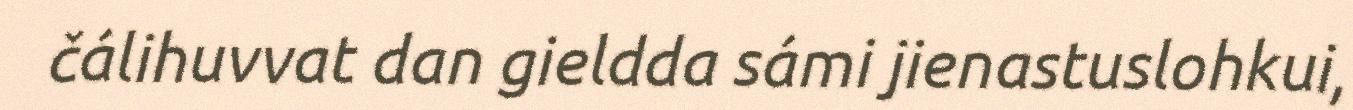
čálihuvvat dan gieldda sámi jienastuslohkui,